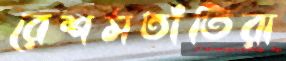
রেশমতাঁতিরা